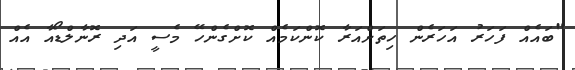
"ބައެއް ފަހަރު އަހަރެން ހިތަށްއަރާ ކޮންކަމެއް ކޮށްގެންހޭ މެސީ އަދި ރޮނާލްޑޯއާ އެއް